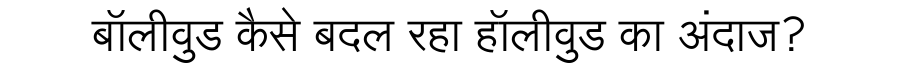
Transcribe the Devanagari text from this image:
बॉलीवुड कैसे बदल रहा हॉलीवुड का अंदाज?